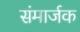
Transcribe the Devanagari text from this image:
संमार्जक